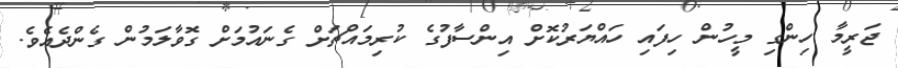
ޖަރީމާ ހިންގި މީހުން ހިފައި ހައްޔަރުކޮށް އިންސާފުގެ ކުރިމައްޗަށް ގެނައުމަށް ގޮވާލަމުން ގެންދެއެވެ.